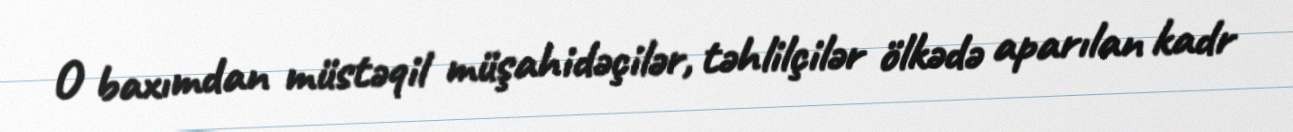
O baxımdan müstəqil müşahidəçilər, təhlilçilər ölkədə aparılan kadr